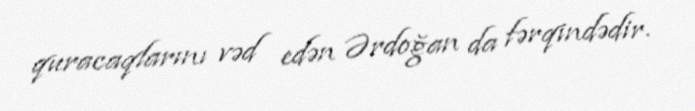
quracaqlarını vəd edən Ərdoğan da fərqindədir.